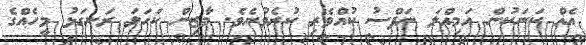
އެއް ކަނަކުން އަމިއްލަ ނަފްސު ކުއްވެރި ކުރެވުނެވެ. މާޒިން ކަހަލަ ރަނގަޅު މީހެއްގެ